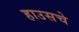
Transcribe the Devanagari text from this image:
हाउसचे